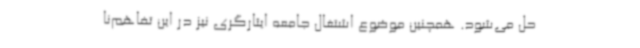
حل می‌شود. همچنین موضوع اشتغال جامعه ایثارگری نیز در این تفاهم‌نا